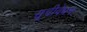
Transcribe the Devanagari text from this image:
सूचीवेधन